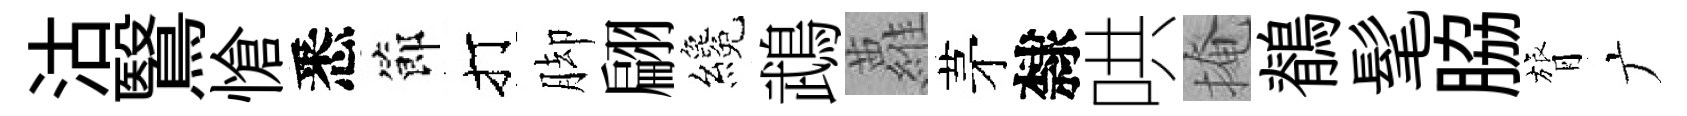
沽鷖愴悉節打脚翩纔鵡蘿茅隸哄掩鶺髦脇膂广